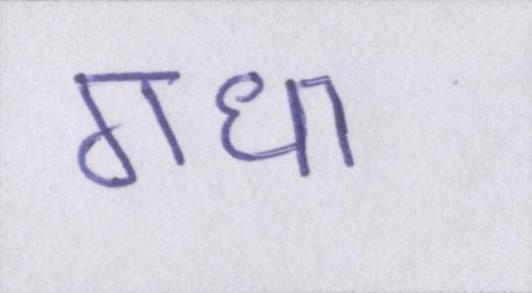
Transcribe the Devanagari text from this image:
गधा